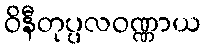
ဝိနီတုပ္ပလဝဏ္ဏာယ